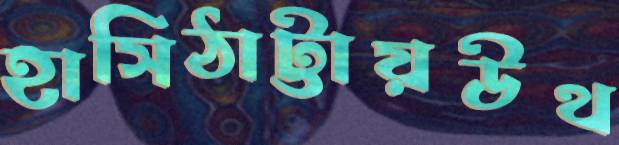
হাসিঠাট্টায়উথ